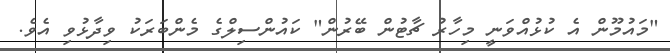
"މައުމޫން އެ ކުޅުއްވަނީ މިހާރު ޗާޓުން ބޭރުން" ކައުންސިލްގެ މެންބަރަކު ވިދާޅުވި އެވެ.